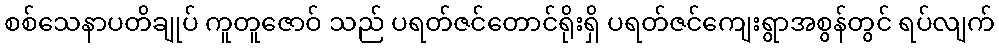
စစ်သေနာပတိချုပ် ကူတူဇောဝ် သည် ပရတ်ဇင်တောင်ရိုးရှိ ပရတ်ဇင်ကျေးရွာအစွန်တွင် ရပ်လျက်